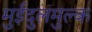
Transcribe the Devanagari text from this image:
मुईदुलमुल्क